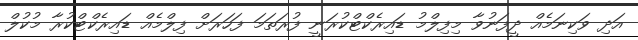
އަދި ވަކިނަމެއް ދީފަނުވާ މިފިލްމު ޑައިރެކްޓްކުރަނީ ފުރަތަމަ ފަހަރަށް ފިލްމެއް ޑައިރެކްޓްކުރާ މުކުލް